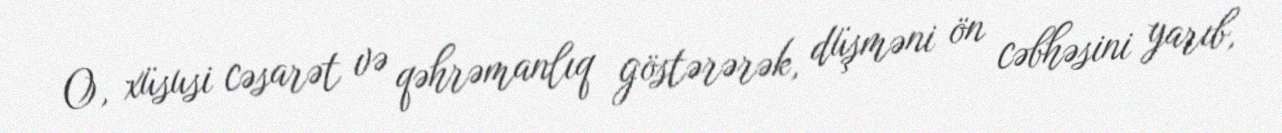
O, xüsusi cəsarət və qəhrəmanlıq göstərərək, düşməni ön cəbhəsini yarıb,